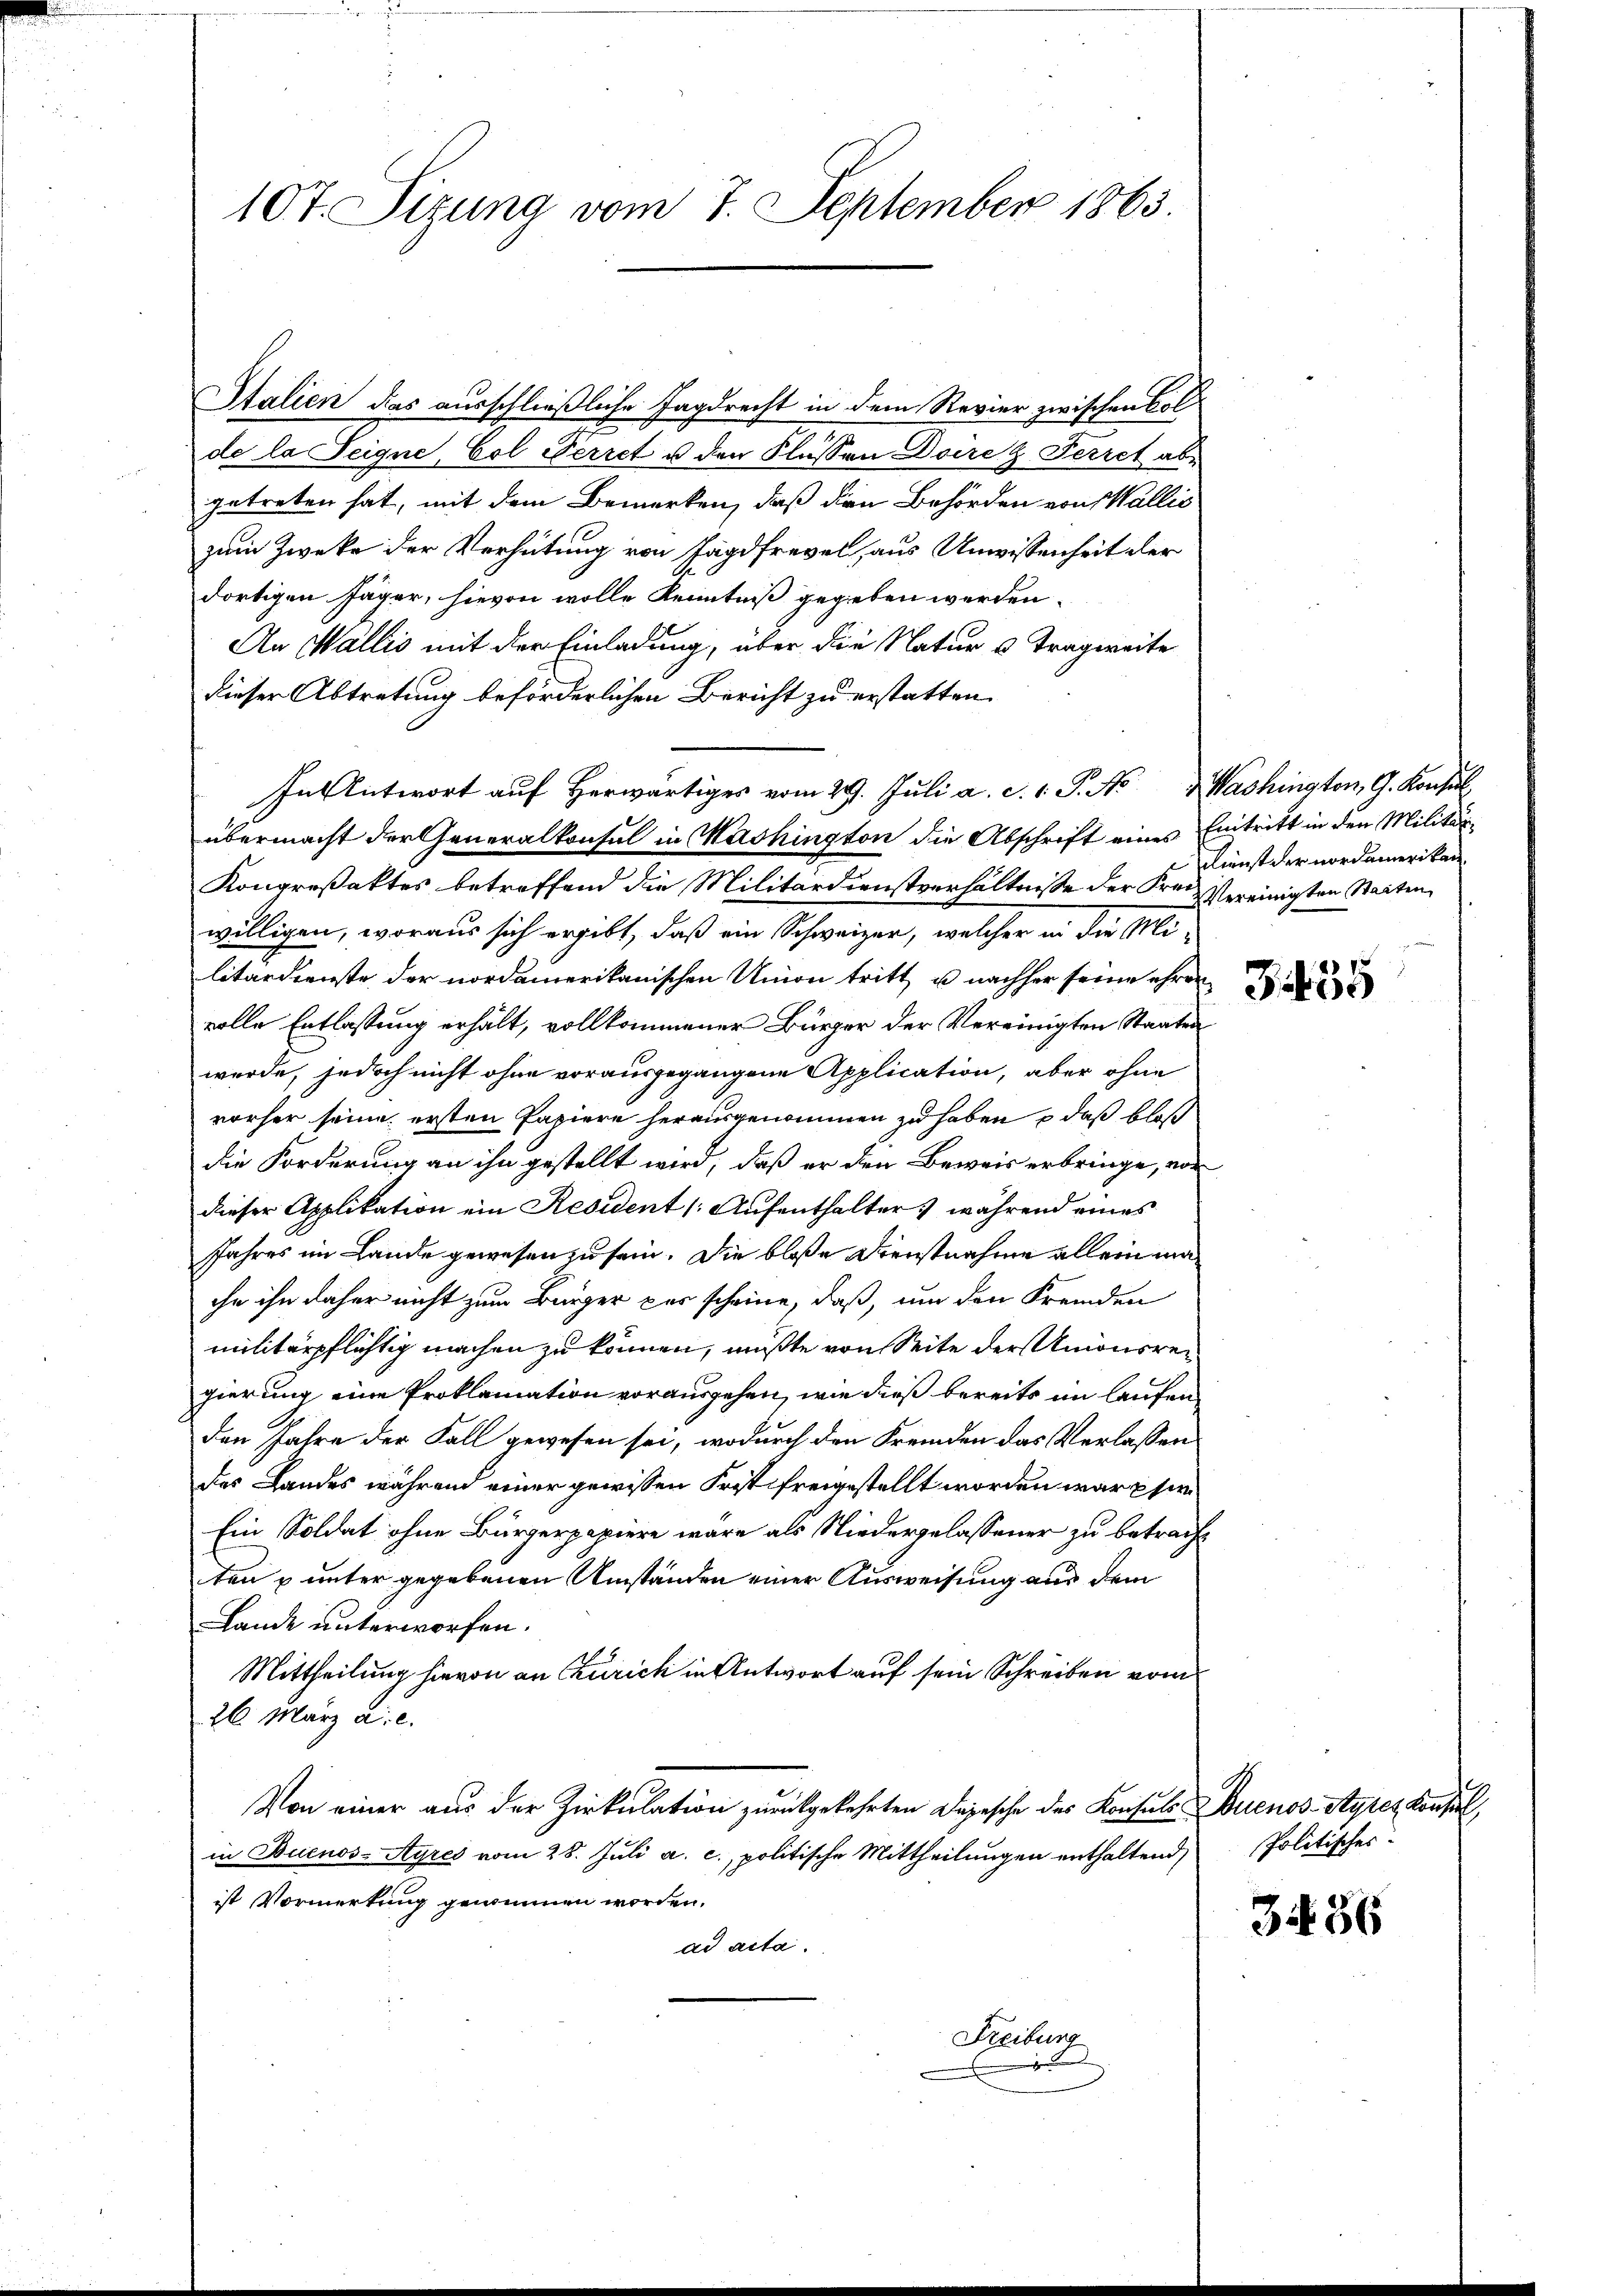
10t. Sizung vom 7. September 1863.

Italien das ausschließliche Jagdrecht in dem Revier zwischen Colde la Seigne, Col Perret u den Flussen Doire & Ferret abgetreten hat, mit dem Bemerken, daß den Behörden von Wallis
zum Zwecke der Verhütung von Jagdfrevel, aus Unwissenheit der
dortigen Jäger, hievon wolle Kenntniß gegeben werden.
An Wallis mit der Einladung, über die Natur u Tragweite
dieser Abtretung beförderlichen Bericht zu erstatten.
In Antwort auf Herwärtiges vom 29. Juli a. c. v. J. N. 3 Washington, G. Konsul
übermacht der Generalkonsul in Mashington die Abschrift eines Eintritt in den Militär¬
Kongreßaktes betreffend die Militärdienstverhältnisse der Frei Vereinigten Staaten
willigen, woraus sich ergibt, daß ein Schweizer, welcher in die Militärdienste der nordamerikanischen Union tritt u nachher seine ehren
volle Entlassung erhält, vollkommener Bürger der Vereinigten Staaten
wurde, jedoch nicht ohne vorausgegangene Application, aber ohne
vorher seine ersten Papiere herausgenommen zu haben , daß bloß
die Forderung an ihn gestellt wird, daß er den Beweis erbringe, von
dieser Applikation ein Resident (Aufenthalter während eines
Jahres im Lande gewesen zu sein. Die bloße Dienstnahme allein maihn ihn daher nicht zum Bürger pas scheine, daß, um den Fremden
militärpflichtig machen zu können, mußte von Seite der Unionsregierung eine Proklamation vorausgehen, wie dieß bereits im laufen
den Jahre der Fall gewesen sei, wodurch den Fremden das Verlassen
des Landes während einer gewissen Frist freigestellt worden war per¬
Ein Soldat ohne Bürgerpapiere wäre als Niedergelassener zu betrachten u unter gegebenen Umständen einer Ausweisung aus dem
Lande unterworfen.
Mittheilung hievon an Zürich in Antwort auf sein Schreiben vom
26. März a. c.
Von einer aus der Zirkulation zurükgekehrten Depesche des Konsuls Buenos- Styres Konsul
in Buenos-Ayres vom 28. Juli a. c., politische Mittheilungen enthaltend Politisches
ist Vormerkung genimmen worden.
ad acta.
Freiburg

Dienst der nordamerikan

4
300

3436